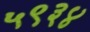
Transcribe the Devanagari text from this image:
५९३४